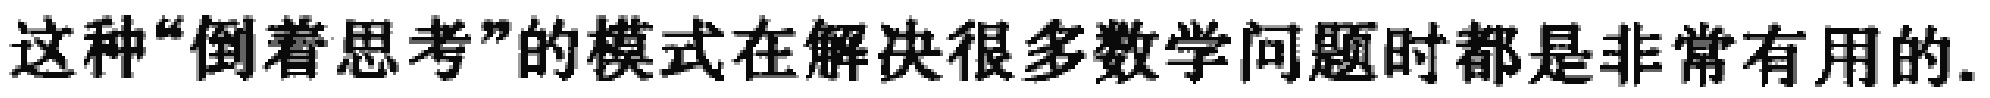
这种“倒着思考”的模式在解决很多数学问题时都是非常有用的.